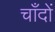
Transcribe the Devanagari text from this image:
चाँदों